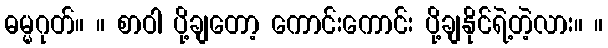
ဓမ္မဂုတ်။ ။ စာဝါ ပို့ချတော့ ကောင်းကောင်း ပို့ချနိုင်ရဲ့တဲ့လား။ ။